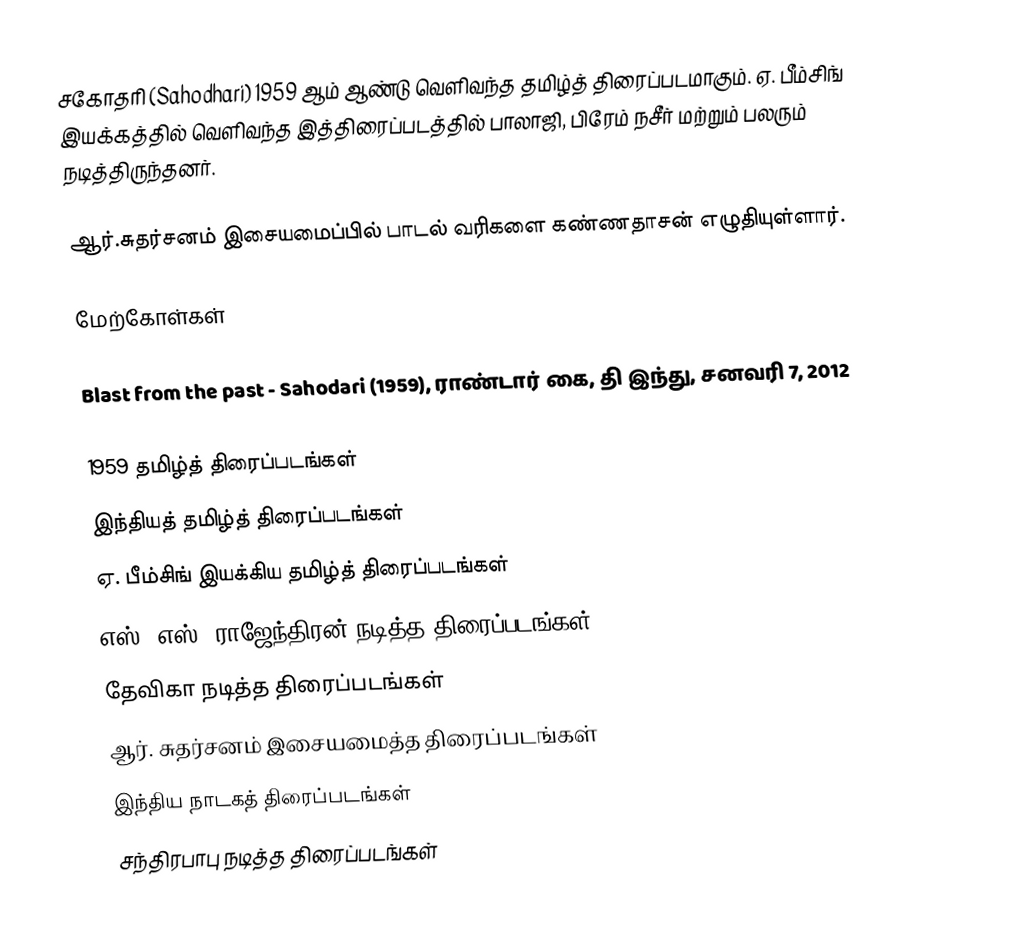
சகோதரி (Sahodhari) 1959 ஆம் ஆண்டு வெளிவந்த தமிழ்த் திரைப்படமாகும். ஏ. பீம்சிங் இயக்கத்தில் வெளிவந்த இத்திரைப்படத்தில் பாலாஜி, பிரேம் நசீர் மற்றும் பலரும் நடித்திருந்தனர்.

ஆர்.சுதர்சனம் இசையமைப்பில் பாடல் வரிகளை கண்ணதாசன் எழுதியுள்ளார்.

மேற்கோள்கள்

 Blast from the past - Sahodari (1959), ராண்டார் கை, தி இந்து, சனவரி 7, 2012

1959 தமிழ்த் திரைப்படங்கள்
இந்தியத் தமிழ்த் திரைப்படங்கள்
ஏ. பீம்சிங் இயக்கிய தமிழ்த் திரைப்படங்கள்
எஸ். எஸ். ராஜேந்திரன் நடித்த திரைப்படங்கள்
தேவிகா நடித்த திரைப்படங்கள்
ஆர். சுதர்சனம் இசையமைத்த திரைப்படங்கள்
இந்திய நாடகத் திரைப்படங்கள்
சந்திரபாபு நடித்த திரைப்படங்கள்